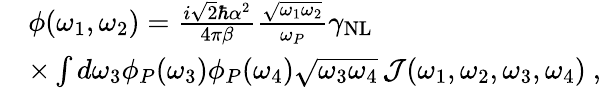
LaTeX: \begin{array}{rl}&{\phi(\omega_{1},\omega_{2})=\frac{i\sqrt{2}\hbar\alpha^{2}}{4\pi\beta}\frac{\sqrt{\omega_{1}\omega_{2}}}{\omega_{P}}\gamma_{\mathrm{NL}}}\\ &{\times\int d\omega_{3}\phi_{P}(\omega_{3})\phi_{P}(\omega_{4})\sqrt{\omega_{3}\omega_{4}}\, \mathcal{J}(\omega_{1},\omega_{2},\omega_{3},\omega_{4})\ ,}\end{array}